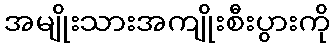
အမျိုးသားအကျိုးစီးပွားကို